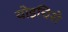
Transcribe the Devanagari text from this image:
योइचिरो